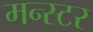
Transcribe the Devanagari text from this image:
मन्स्टर